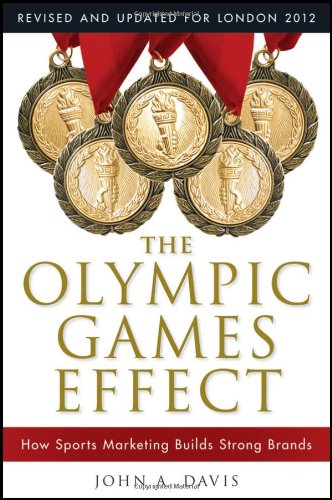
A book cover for The Olympic Games Effect: How Sports Marketing Builds Strong Brands; John A. Davis; Sports & Outdoors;